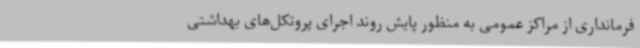
فرمانداری از مراکز عمومی به منظور پایش روند اجرای پروتکل‌های بهداشتی